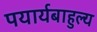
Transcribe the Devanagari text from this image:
पयार्यबाहुल्य